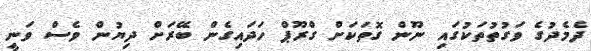
ދެމެދުގެ ވަގުތުތަކުގައި ނޫން ގޮތަކަށް ގްރޫޕް ހަދައިގެން ބޭރަށް ދިޔުން ވެސް ވަނީ